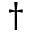
\dagger